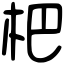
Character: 杷